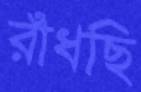
রাঁধছি